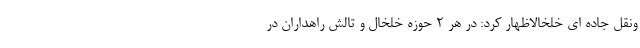
ونقل جاده ای خلخالاظهار کرد: در هر ۲ حوزه خلخال و تالش راهداران در